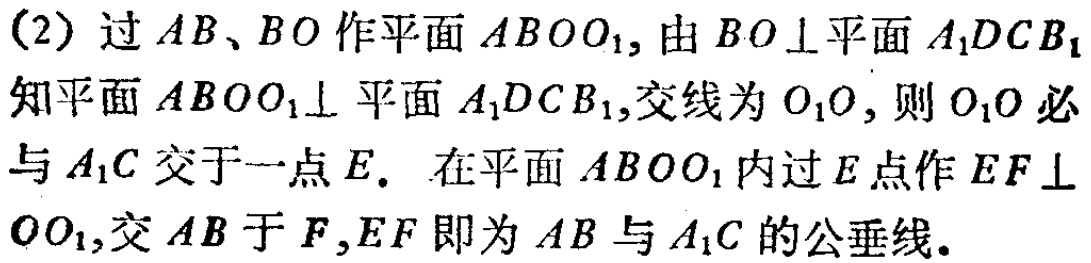
(2) 过 \(AB、BO\) 作平面 \(ABOO_{1}\)，由 \(BO\perp\) 平面 \(A_{1}DCB_{1}\) 知平面 \(ABOO_{1}\perp\) 平面 \(A_{1}DCB_{1}\)，交线为 \(O_{1}O\)，则 \(O_{1}O\) 必与 \(A_{1}C\) 交于一点 \(E\)。在平面 \(ABOO_{1}\) 内过 \(E\) 点作 \(EF\perp OO_{1}\)，交 \(AB\) 于 \(F\)，\(EF\) 即为 \(AB\) 与 \(A_{1}C\) 的公垂线。